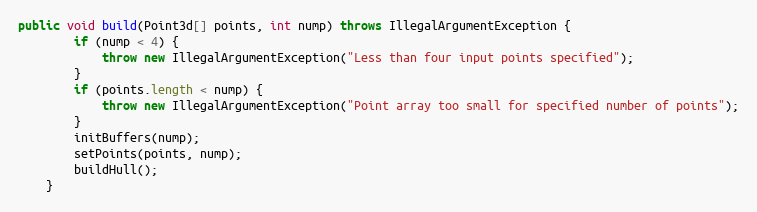
Language: Java
public void build(Point3d[] points, int nump) throws IllegalArgumentException {
        if (nump < 4) {
            throw new IllegalArgumentException("Less than four input points specified");
        }
        if (points.length < nump) {
            throw new IllegalArgumentException("Point array too small for specified number of points");
        }
        initBuffers(nump);
        setPoints(points, nump);
        buildHull();
    }